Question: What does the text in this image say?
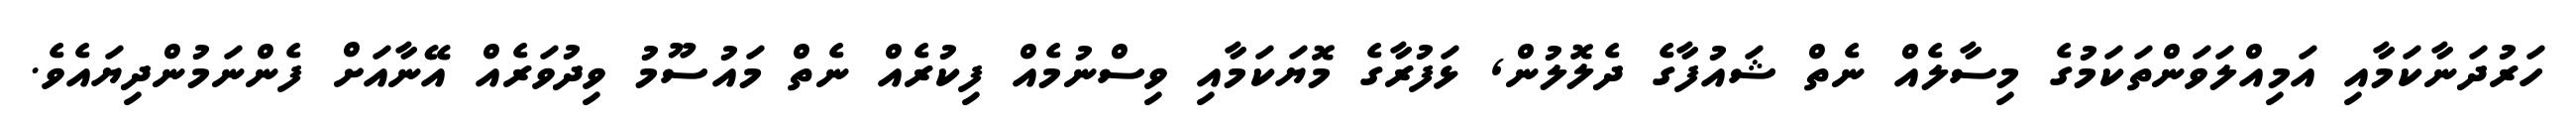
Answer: ހަރުދަނާކަމާއި އަމިއްލަވަންތަކަމުގެ މިސާލެއް ނެތް ޝައުފާގެ ދެލޮލުން, ޅަފުރާގެ މޮޔަކަމާއި ވިސްނުމެއް ފިކުރެއް ނެތް މައުސޫމު ވިދުވަރެއް އޭނާއަށް ފެންނަމުންދިޔައެވެ.